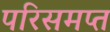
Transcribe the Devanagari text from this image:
परिसमप्‍त